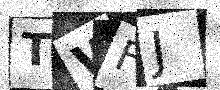
Text: TWFJ